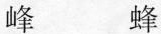
峰 蜂